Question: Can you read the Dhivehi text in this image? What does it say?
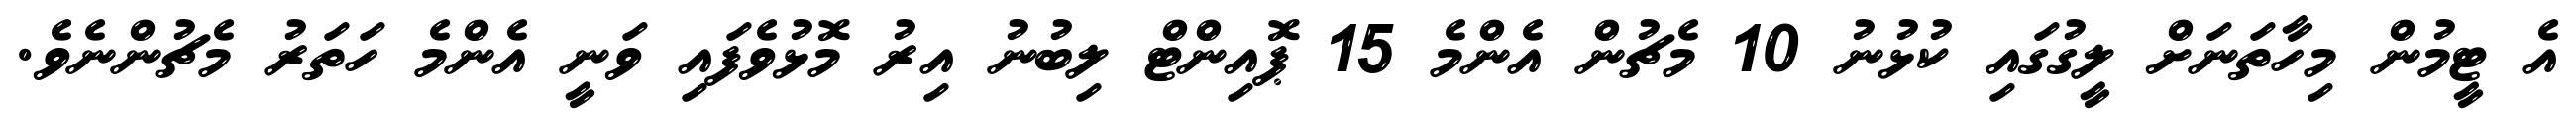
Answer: އެ ޓީމުން މިހާތަނަށް ލީގުގައި ކުޅުނު 10 މެޗުން އެންމެ 15 ޕޮއިންޓް ލިބުނު އިރު މޮޅުވެފައި ވަނީ އެންމެ ހަތަރު މެޗުންނެވެ.